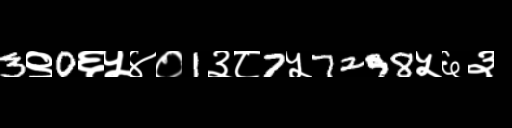
Text: 3९0६५४०1३८7५7298५६३